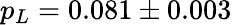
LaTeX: p_{L}=0.081\pm 0.003